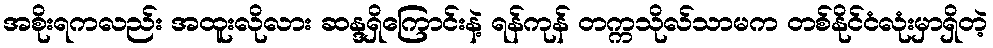
အစိုးရကလည်း အထူးလိုလား ဆန္ဒရှိကြောင်းနဲ့ ရန်ကုန် တက္ကသိုလ်သာမက တစ်နိုင်ငံလုံးမှာရှိတဲ့